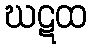
ဃဋထ